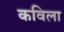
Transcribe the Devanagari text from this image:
कविला